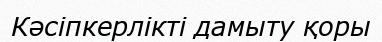
Кәсіпкерлікті дамыту қоры